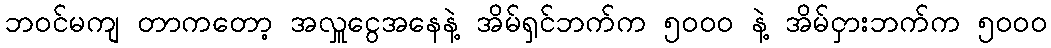
ဘဝင်မကျ တာကတော့ အလှူငွေအနေနဲ့ အိမ်ရှင်ဘက်က ၅၀၀၀ နဲ့ အိမ်ငှားဘက်က ၅၀၀၀